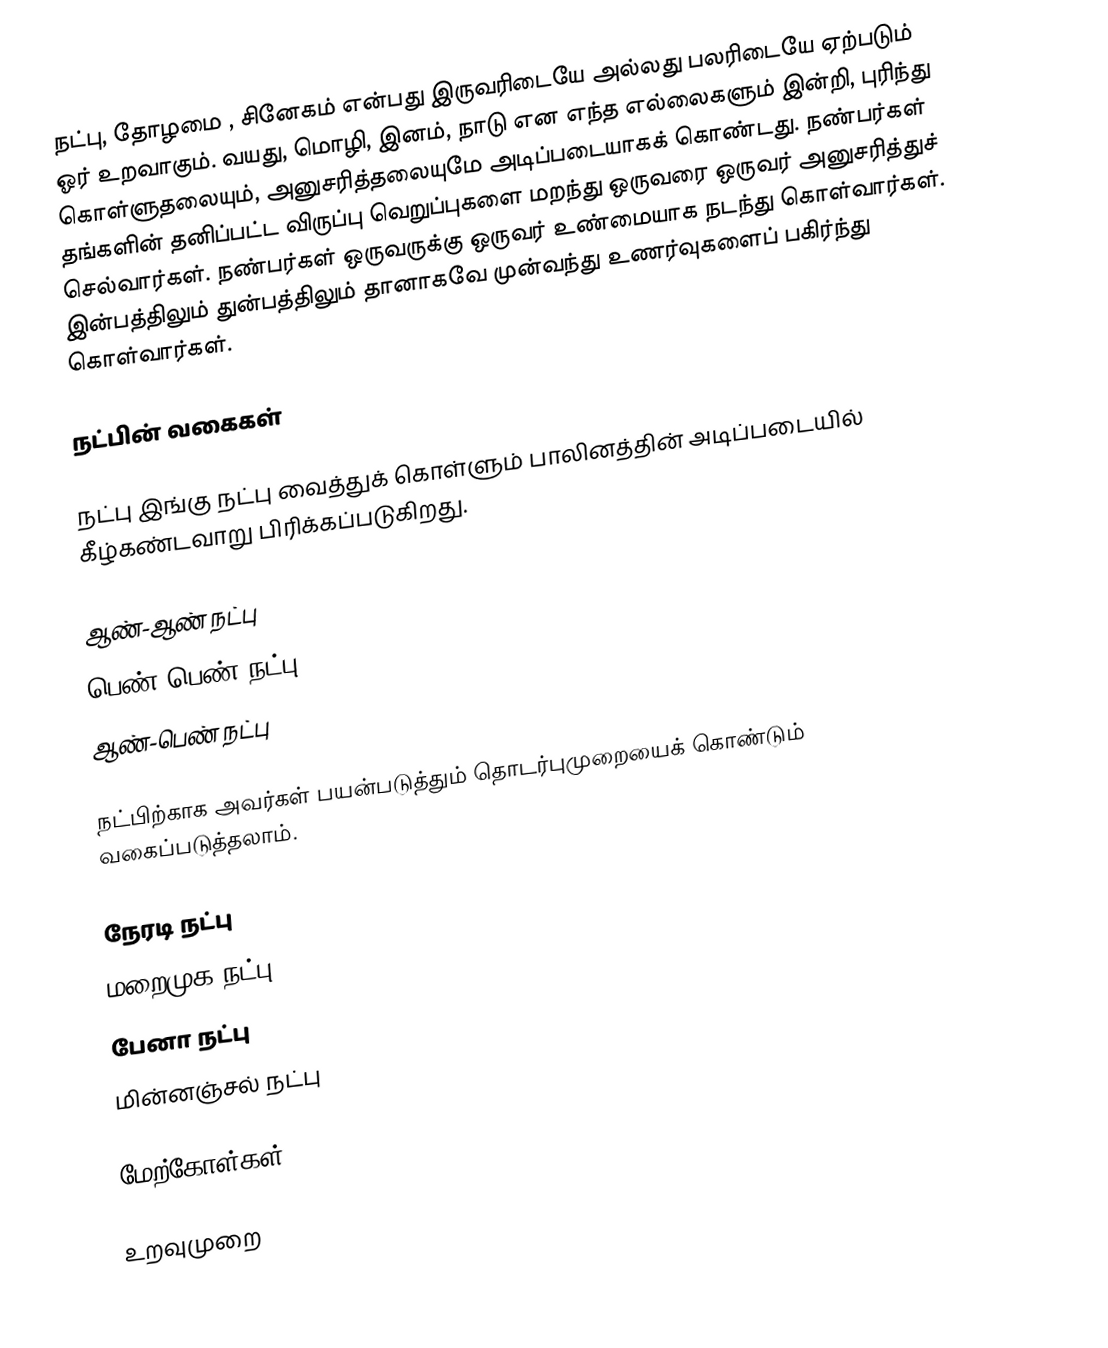
நட்பு, தோழமை , சினேகம் என்பது இருவரிடையே அல்லது பலரிடையே ஏற்படும் ஓர் உறவாகும். வயது, மொழி, இனம், நாடு என எந்த எல்லைகளும் இன்றி, புரிந்து கொள்ளுதலையும், அனுசரித்தலையுமே அடிப்படையாகக் கொண்டது. நண்பர்கள் தங்களின் தனிப்பட்ட விருப்பு வெறுப்புகளை மறந்து ஒருவரை ஒருவர் அனுசரித்துச் செல்வார்கள். நண்பர்கள் ஒருவருக்கு ஒருவர் உண்மையாக நடந்து கொள்வார்கள். இன்பத்திலும் துன்பத்திலும் தானாகவே முன்வந்து உணர்வுகளைப் பகிர்ந்து கொள்வார்கள்.

நட்பின் வகைகள்

 நட்பு இங்கு நட்பு வைத்துக் கொள்ளும் பாலினத்தின் அடிப்படையில் கீழ்கண்டவாறு பிரிக்கப்படுகிறது.

ஆண்-ஆண் நட்பு
பெண்-பெண் நட்பு
ஆண்-பெண் நட்பு

 நட்பிற்காக அவர்கள் பயன்படுத்தும் தொடர்புமுறையைக் கொண்டும் வகைப்படுத்தலாம்.

நேரடி நட்பு
மறைமுக நட்பு
பேனா நட்பு
மின்னஞ்சல் நட்பு

மேற்கோள்கள்

உறவுமுறை